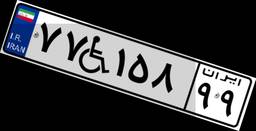
۹۱W۲۹۴۷۰